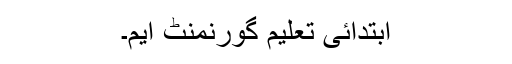
ابتدائی تعلیم گورنمنٹ ایم۔